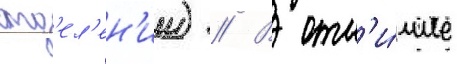
отд'ел'ен'ии) // В отл'и́чие